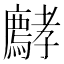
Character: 𡦵